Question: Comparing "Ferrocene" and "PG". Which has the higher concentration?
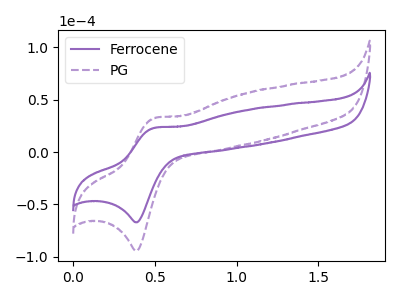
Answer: <think>The purple curve "Ferrocene" has an anodic peak at (0.50V, 23.05uA) and a cathodic peak at (0.40V, -67.05uA). The purple dashed curve "PG" has an anodic peak at (0.50V, 32.40uA) and a cathodic peak at (0.40V, -94.20uA).
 All the peaks in "Ferrocene" have a peak in "PG" at the same potential. Every peak in "Ferrocene" is lower than every peak in "PG".</think>
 <answer>"Ferrocene" has less signal than "PG" and so likely has a lower concentration.</answer>
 <eval>less_concentration</eval>